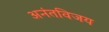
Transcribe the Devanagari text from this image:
अनंतविजय